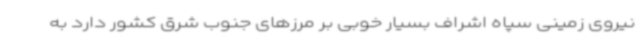
نیروی زمینی سپاه اشراف بسیار خوبی بر مرزهای جنوب شرق کشور دارد به